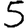
Digit: 5